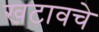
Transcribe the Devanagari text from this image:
खटावचे